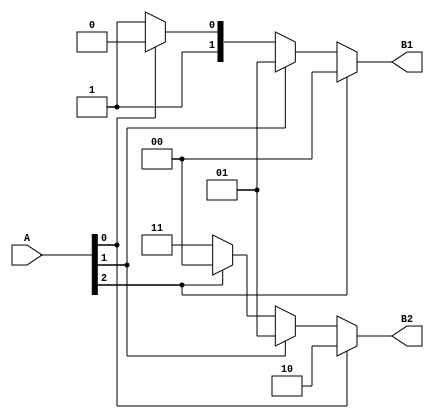
`timescale 1ns / 1ps
//////////////////////////////////////////////////////////////////////////////////
// Company: 
// Engineer: 
// 
// Design Name: 
// Module Name:    casex 
// Project Name: 
// Target Devices: 
// Tool versions: 
// Description: 
//
// Dependencies: 
//
// Revision: 
// Revision 0.01 - File Created
// Additional Comments: 
//
//////////////////////////////////////////////////////////////////////////////////
module casexample(
    input [2:0] A,
    output reg [1:0] B1,
    output reg [1:0] B2	 
    );

always @(*)
	begin
		casex(A)
			3'b1xx:  B1 = 0;
			3'bx1x:  B1 = 1;
			3'bxx1:  B1 = 2;
			default: B1 = 3;
		endcase
	end

always @(*)
	begin
		casex(A)						// same values, different order, different results
			3'bxx1:  B2 = 2;
			3'bx1x:  B2 = 1;
			3'b1xx:  B2 = 0;
			default: B2 = 3;
		endcase
	end


endmodule